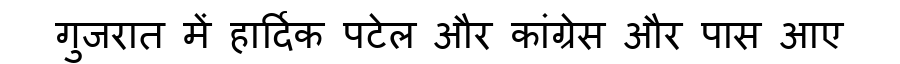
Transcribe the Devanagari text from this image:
गुजरात में हार्दिक पटेल और कांग्रेस और पास आए